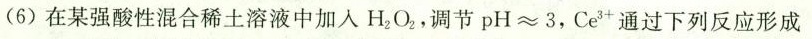
(6)在某强酸性混合稀土溶液中加入H_{2}O_{2}调节pH≈3，Ce^{3+}通过下列反应形成